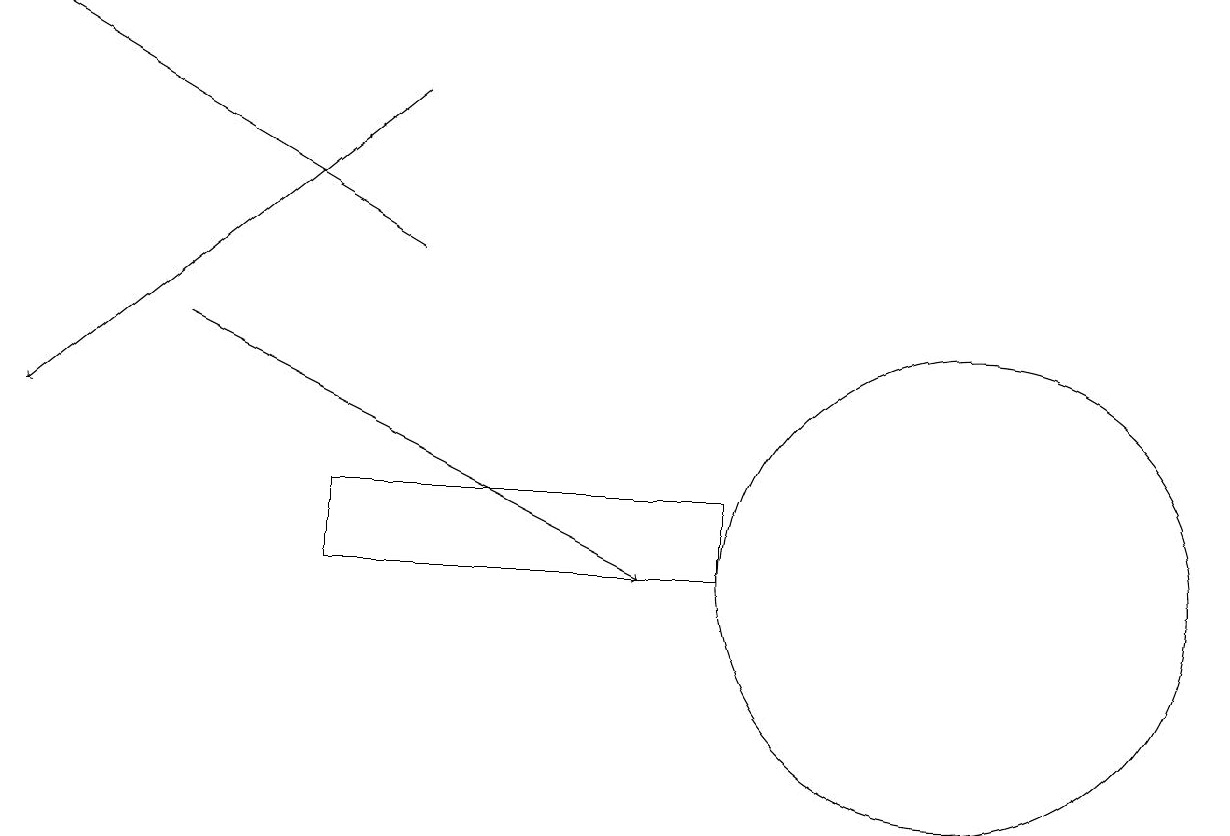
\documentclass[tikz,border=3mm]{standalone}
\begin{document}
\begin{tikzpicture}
\draw[->] (5,14) -- (0,17);
\draw[->] (5,16) -- (0,12);
\draw[->] (2,13) -- (8,10);
\draw (12,10) circle (3);
\draw (4,11) rectangle (9,10);
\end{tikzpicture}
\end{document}